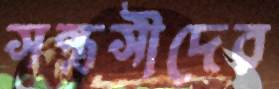
সন্ত্রসীদের